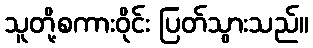
သူတို့စကားဝိုင်း ပြတ်သွားသည်။